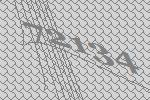
72134